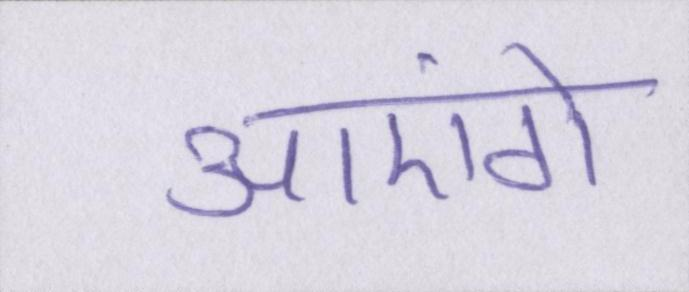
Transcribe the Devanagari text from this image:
आएंगे